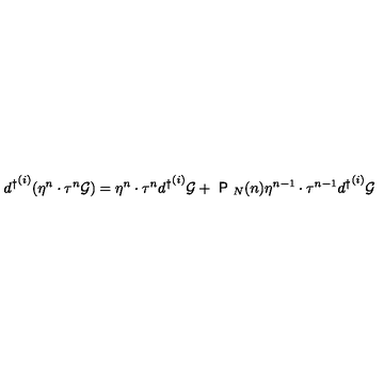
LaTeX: { d ^ { \dagger } } ^ { ( i ) } ( \eta ^ { n } \cdot \tau ^ { n } { \cal { G } } ) = \eta ^ { n } \cdot \tau ^ { n } { d ^ { \dagger } } ^ { ( i ) } { \cal { G } } + { \textsf { P } } _ { N } ( n ) \eta ^ { n - 1 } \cdot \tau ^ { n - 1 } { d ^ { \dagger } } ^ { ( i ) } { \cal { G } }